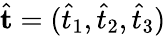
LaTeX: \hat{\mathbf t}=(\hat{t}_{1},\hat{t}_{2},\hat{t}_{3})